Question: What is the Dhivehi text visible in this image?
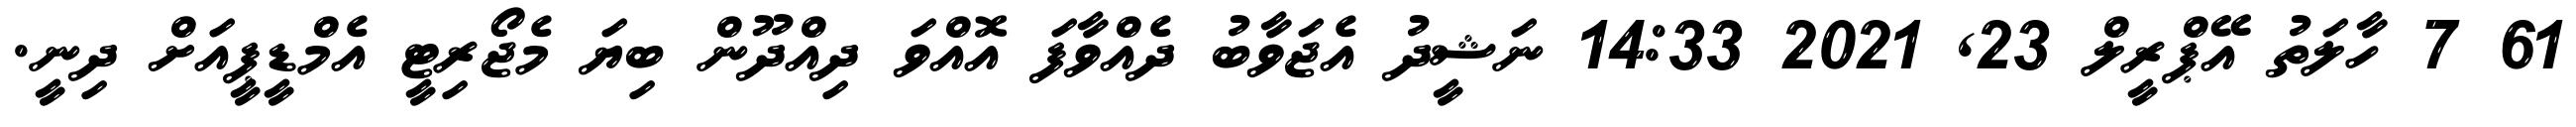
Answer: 61 7 ހާލަތު އޭޕްރީލް 23, 2021 14:33 ނަޝީދު އެޖަވާބު ދެއްވާފަ އޮއްވަ ދިއްދޫން ބިޔަ މެޖޯރިޓީ އެމްޑީޕީއަށް ދިނީ.